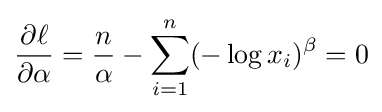
{\frac {\partial \ell }{\partial \alpha }}={\frac {n}{\alpha }}-\sum _{i=1}^{n}(-\log x_{i})^{\beta }=0